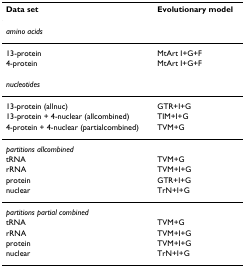
| Data set | Evolutionary model |
 | --- | --- |
 | amino acids |  |
 | 13-protein | MtArt I+G+F |
 | 4-protein | MtArt I+G+F |
 | nucleotides |  |
 | 13-protein (allnuc) | GTR+I+G |
 | 13-protein + 4-nuclear (allcombined) | TIM+I+G |
 | 4-protein + 4-nuclear (partialcombined) | TVM+G |
 | partitions allcombined |  |
 | tRNA | TVM+G |
 | rRNA | TVM+I+G |
 | protein | GTR+I+G |
 | nuclear | TrN+I+G |
 | partitions partial combined |  |
 | tRNA | TVM+G |
 | rRNA | TVM+I+G |
 | protein | TVM+I+G |
 | nuclear | TrN+I+G |